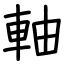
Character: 軸